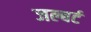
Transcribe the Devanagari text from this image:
जल्बर्ट